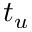
t _ { u }